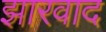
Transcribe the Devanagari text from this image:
झारवाद